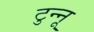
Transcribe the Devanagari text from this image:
टुन्नू